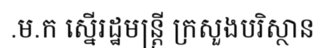
.ម.ក ស្នើរដ្ឋមន្ត្រី ក្រសួងបរិស្ថាន